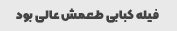
فیله کبابی طعمش عالی بود